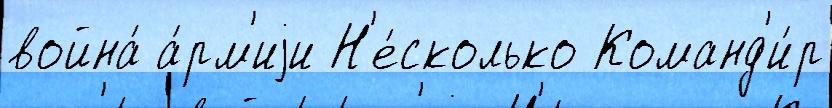
война́ а́рм'иjи Н'е́сколько Команд'и́р